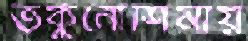
তকুনোশিমায়